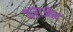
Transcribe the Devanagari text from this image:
फराऔह